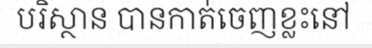
បរិស្ថាន បានកាត់ចេញខ្លះនៅ